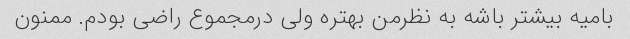
بامیه بیشتر باشه به نظرمن بهتره ولی درمجموع راضی بودم. ممنون